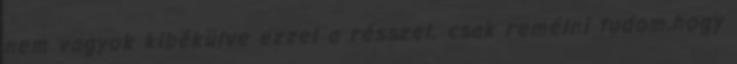
nem vagyok kibékülve ezzel a résszel. csak remélni tudom,hogy